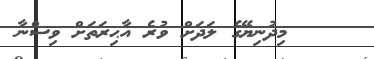
މިދުނިޔޭގެ ލަދަށް ވުރެ އާޙިރަތަށް ވިސްނާ